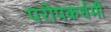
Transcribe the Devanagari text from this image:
परोपकर्धर्मी